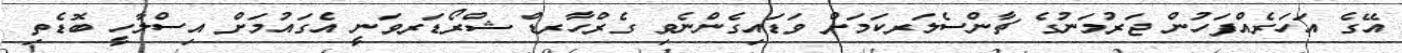
އޭގެ އަހަރެއްފަހުން ޖަރުމަނުގެ ޗާންސެލަރކަމަށް ވަޑައިގެންނެވި ގެރްހާރޑް ޝްރޯޑަރވަނީ އެގައުމަށް އިސްލާހީ ބޮޑެތި